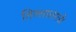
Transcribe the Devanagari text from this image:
तिल्लालंगडी